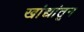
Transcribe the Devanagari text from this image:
खांद्यांतून